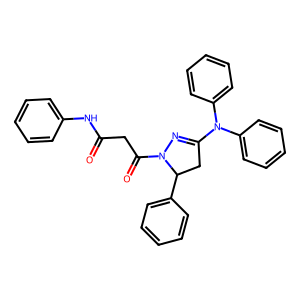
SMILES: O=C(CC(=O)N1N=C(N(c2ccccc2)c2ccccc2)CC1c1ccccc1)Nc1ccccc1
Inhibits HIV replication: No